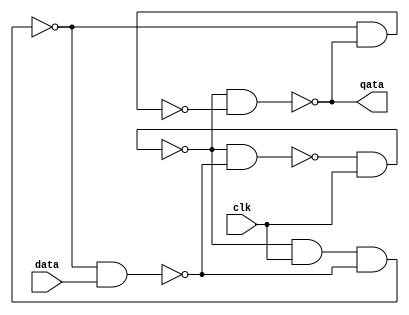
module dflipflop(data, clk, qata);

  input data, clk;
  output qata;

  wire w1, w2, w3, w4, w5, w6;
  nand a1(w1, w2, w4);
  nand a2(w2, w1, clk);
  nand a3(w3, w2, clk, w4);
  nand a4(w4, w3, data);
  nand a5(qata, w2, w6);
  nand a6(w6, w3, qata);

endmodule